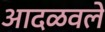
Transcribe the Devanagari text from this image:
आदळवले